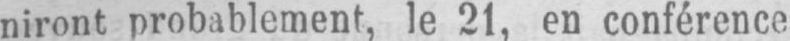
niront probablement, le 21, en conférence